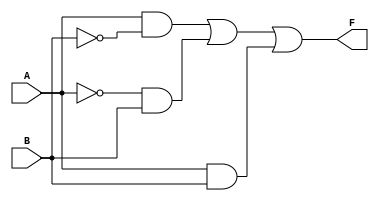
module kmap_2var (
    input wire A,   // Input variable A
    input wire B,   // Input variable B
    output wire F   // Output function F
);

// Combine the input variables to produce the output F
assign F = (A & ~B) | (~A & B) | (A & B); // Example output logic based on K-map

endmodule